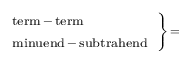
\scriptstyle \left. { \begin{array} { l } { \scriptstyle { \mathrm { t e r m } } \, - \, { \mathrm { t e r m } } } \\ { \scriptstyle { \mathrm { m i n u e n d } } \, - \, { \mathrm { s u b t r a h e n d } } } \end{array} } \right\} \, =